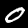
Label: 0